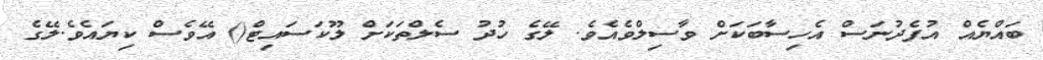
ބައްޔެއް އުފެދުނަސް އެހިސާބަކަށް ވާސިލްވެއެވެ. ލޭގެ ހުދު ސެލްތަކަށް ލޫކަސައިޓް() އޭވެސް ކިޔައެވެ.ލޭގެ